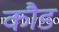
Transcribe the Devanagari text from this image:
कौड